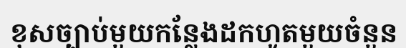
ខុសច្បាប់មួយកន្លែងដកហូតមួយចំនួន